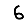
Digit: 6